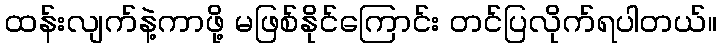
ထန်းလျက်နဲ့ကာဖို့ မဖြစ်နိုင်ကြောင်း တင်ပြလိုက်ရပါတယ်။